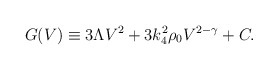
\begin{align*}G(V) \equiv 3\Lambda V^2 + 3 k_4^2 \rho_0 V^{2-\gamma} + C.\end{align*}